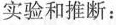
实验和推断：